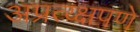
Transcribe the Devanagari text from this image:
अप्रत्य्क्षपणे